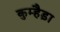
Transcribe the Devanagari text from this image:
कुम्हैड़ा